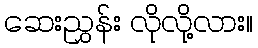
ဆေးညွှန်း လိုလို့လား။